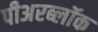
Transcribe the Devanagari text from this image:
पीअरब्लॉक